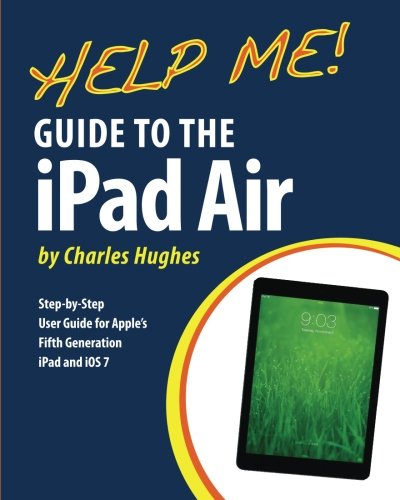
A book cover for Help Me! Guide to the iPad Air: Step-by-Step User Guide for the Fifth Generation iPad and iOS 7; Charles Hughes; Computers & Technology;